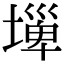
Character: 𡐕